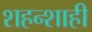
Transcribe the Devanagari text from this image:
शहन्शाही